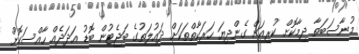
މުނާސަބަތާ ދިމާކޮށް ކުރިއަށް ގެންދިޔަ ހަރަކާތްތަކަށް ދައުލަތުގެ ބަޖެޓުން ބޮޑު އަދަދެއް ހާއްސަކޮށް